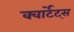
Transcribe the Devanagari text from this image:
क्वार्टेट्स